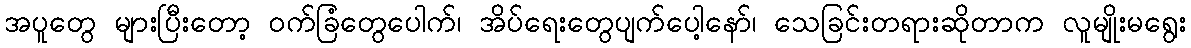
အပူတွေ များပြီးတော့ ဝက်ခြံတွေပေါက်၊ အိပ်ရေးတွေပျက်ပေါ့နော်၊ သေခြင်းတရားဆိုတာက လူမျိုးမရွေး